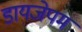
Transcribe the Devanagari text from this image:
डायजेपम